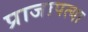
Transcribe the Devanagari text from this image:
प्राजापत्या